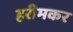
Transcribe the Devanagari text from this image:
हरीमकर